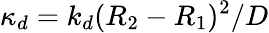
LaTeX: \kappa_{d}=k_{d}(R_{2}-R_{1})^{2}/D